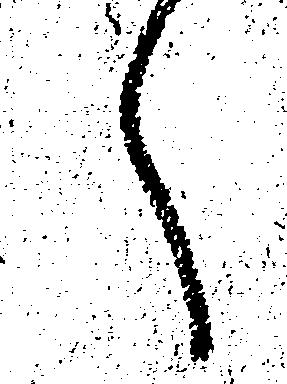
へ